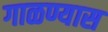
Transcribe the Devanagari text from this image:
गाळण्यास